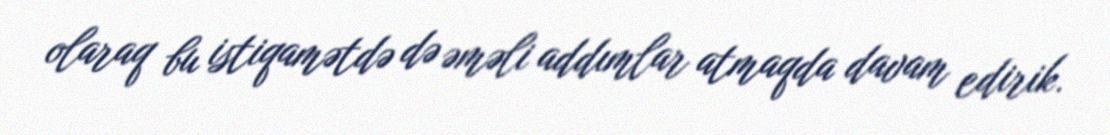
olaraq bu istiqamətdə də əməli addımlar atmaqda davam edirik.